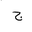
Letter: _gim